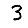
Digit: 3